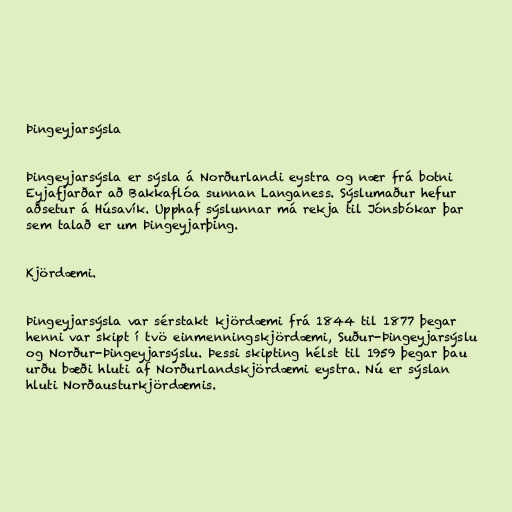
Þingeyjarsýsla

Þingeyjarsýsla er sýsla á Norðurlandi eystra og nær frá botni
Eyjafjarðar að Bakkaflóa sunnan Langaness. Sýslumaður hefur
aðsetur á Húsavík. Upphaf sýslunnar má rekja til Jónsbókar þar
sem talað er um Þingeyjarþing.

Kjördæmi.

Þingeyjarsýsla var sérstakt kjördæmi frá 1844 til 1877 þegar
henni var skipt í tvö einmenningskjördæmi, Suður-Þingeyjarsýslu
og Norður-Þingeyjarsýslu. Þessi skipting hélst til 1959 þegar þau
urðu bæði hluti af Norðurlandskjördæmi eystra. Nú er sýslan
hluti Norðausturkjördæmis.